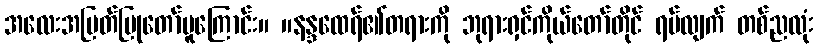
အလေးအမြတ်ပြုတော်မူကြောင်း။ ။နန္ဒထေရ်၏တရားကို ဘုရားရှင်ကိုယ်တော်တိုင် ရပ်လျက် တစ်ညလုံး